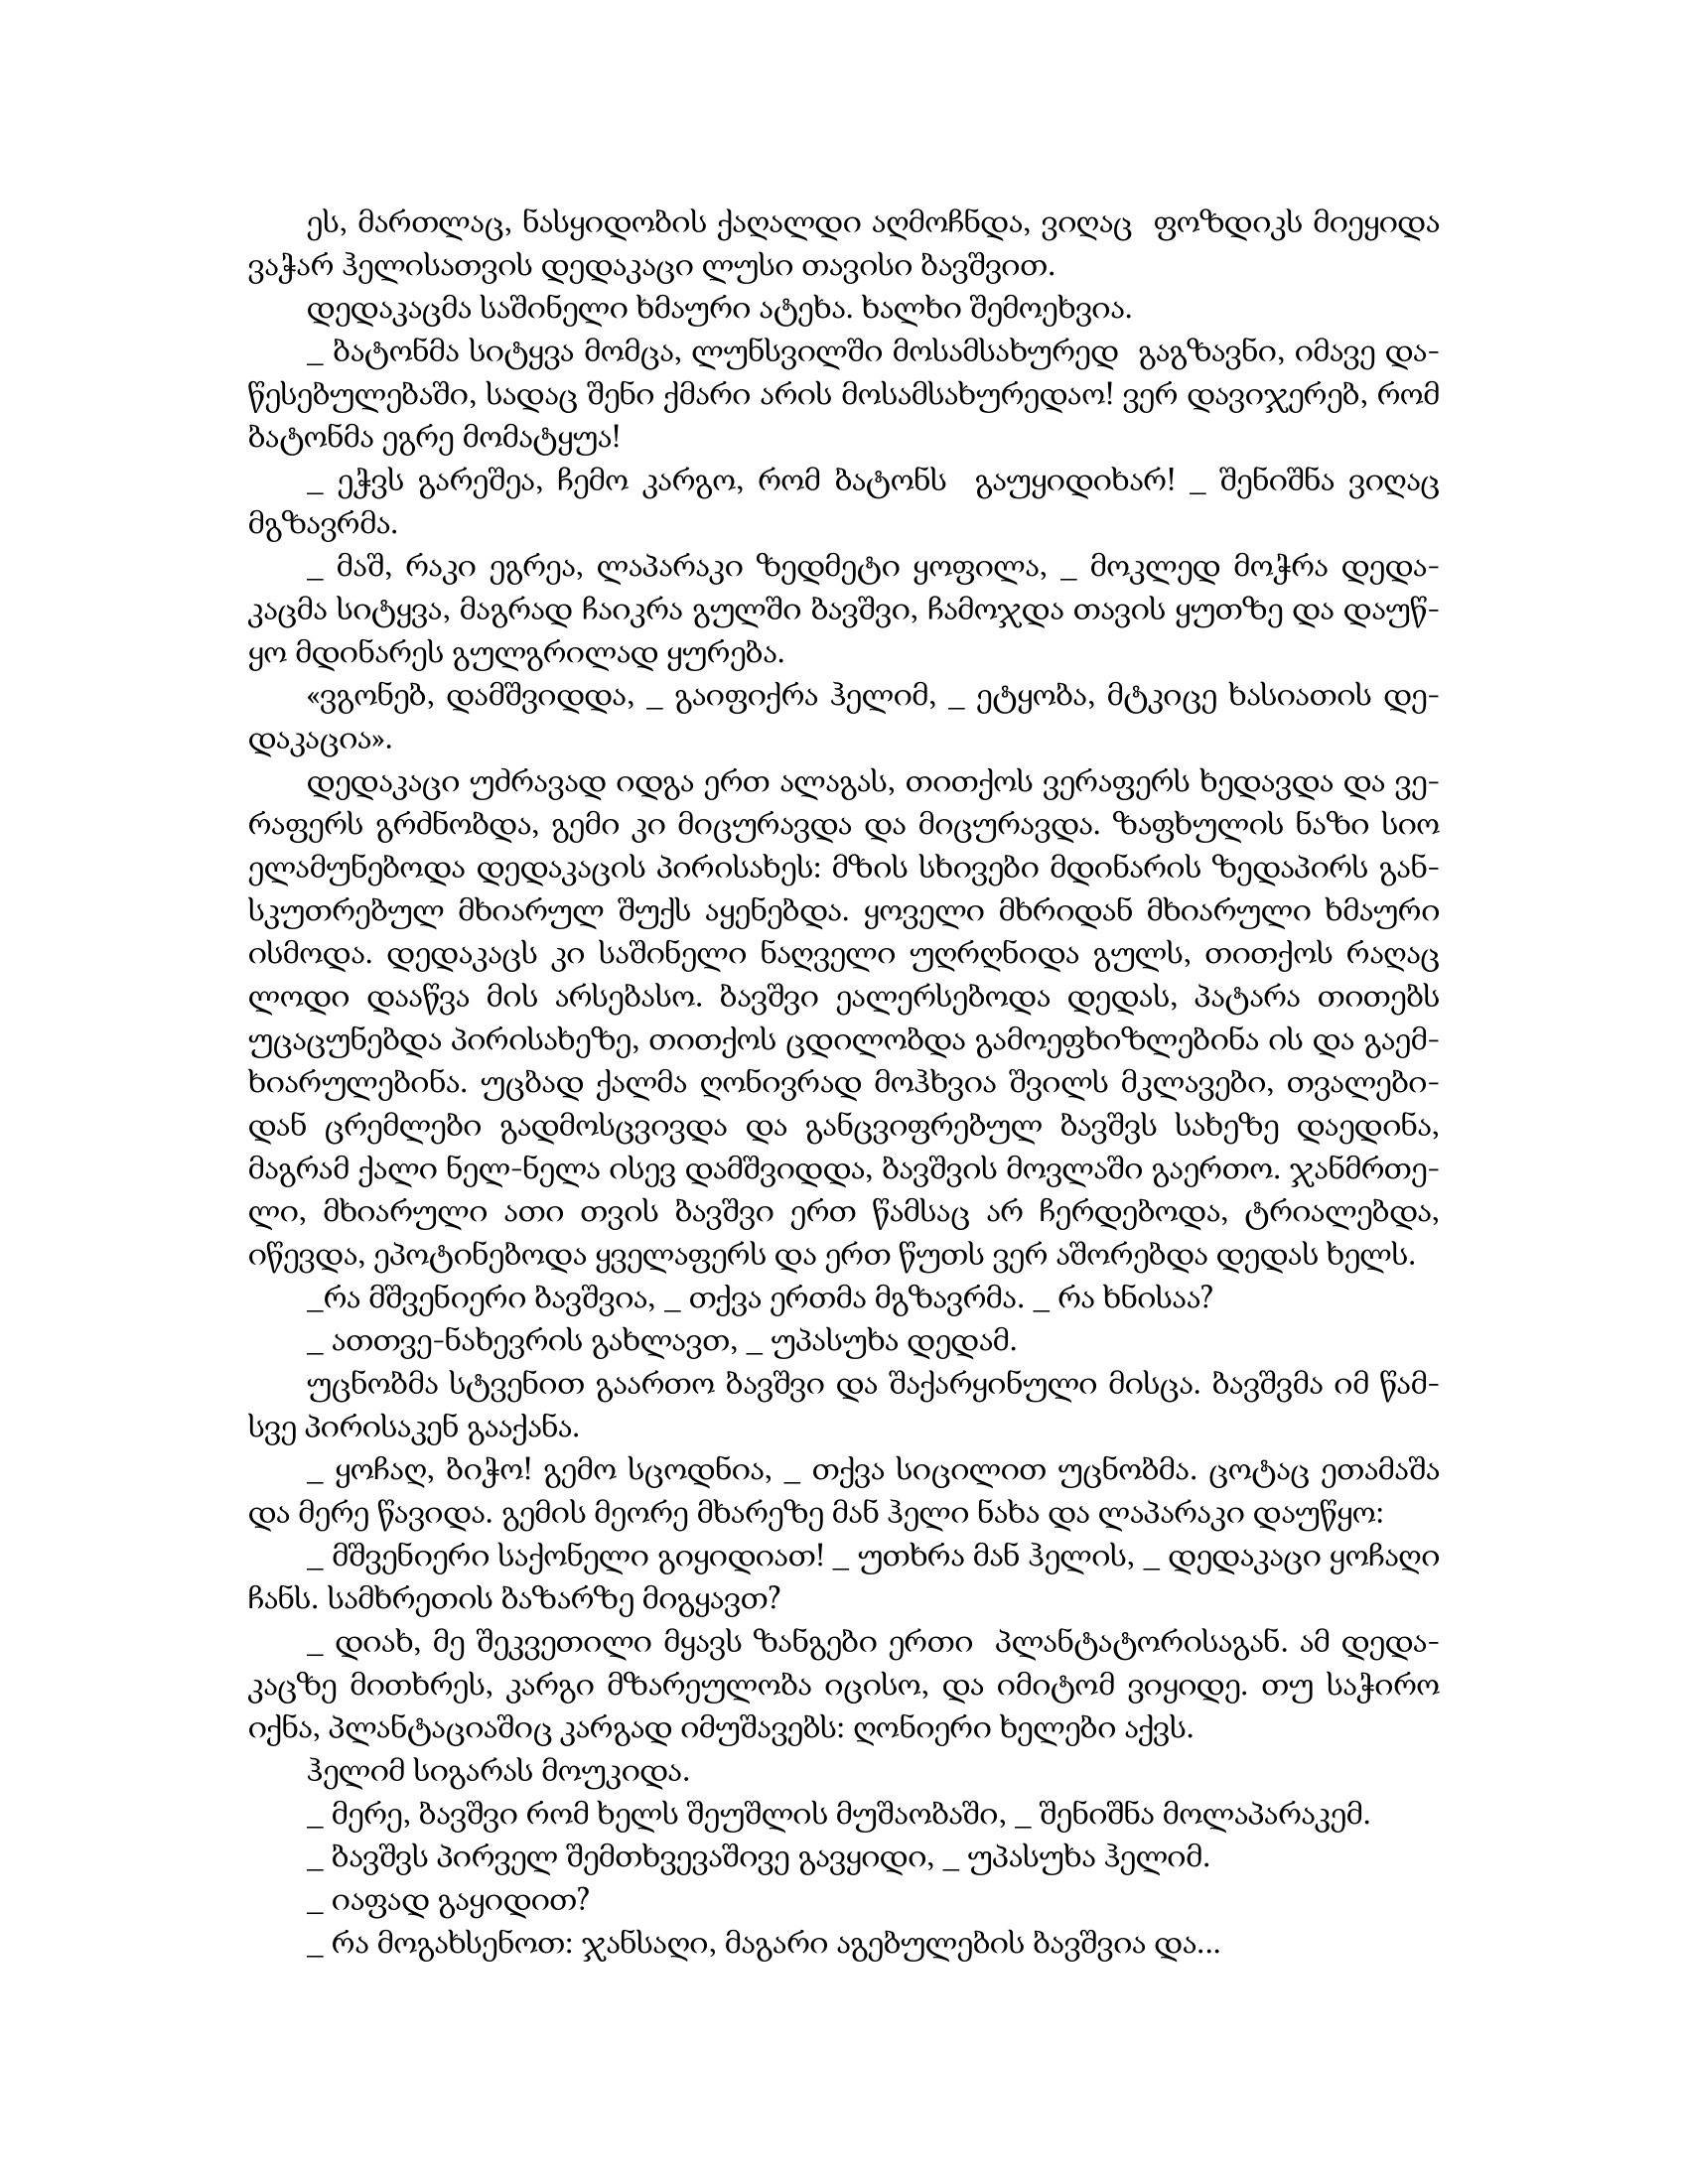
Language: gr